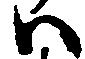
ハ